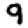
Digit: 9